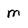
Character: m